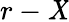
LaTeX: r-\mathit{X}